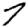
Digit: 7